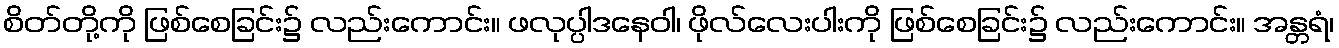
စိတ်တို့ကို ဖြစ်စေခြင်း၌ လည်းကောင်း။ ဖလုပ္ပါဒနေဝါ၊ ဖိုလ်လေးပါးကို ဖြစ်စေခြင်း၌ လည်းကောင်း။ အန္တရံ၊